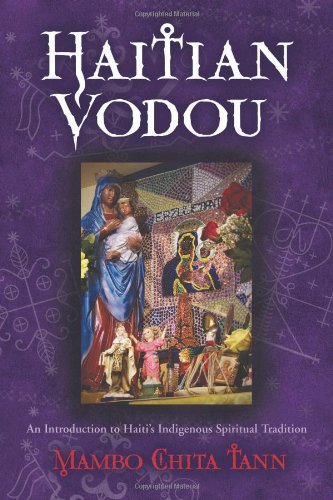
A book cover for Haitian Vodou: An Introduction to Haiti's Indigenous Spiritual Tradition; Mambo Chita Tann; Religion & Spirituality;